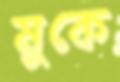
মুকে